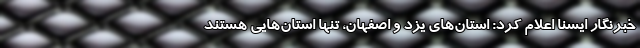
خبرنگار ایسنا اعلام کرد: استان‌های یزد و اصفهان، تنها استان‌هایی هستند